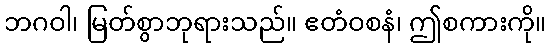
ဘဂဝါ၊ မြတ်စွာဘုရားသည်။ ဧတံဝစနံ၊ ဤစကားကို။